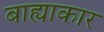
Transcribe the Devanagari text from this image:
बाह्याकार